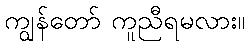
ကျွန်တော် ကူညီရမလား။